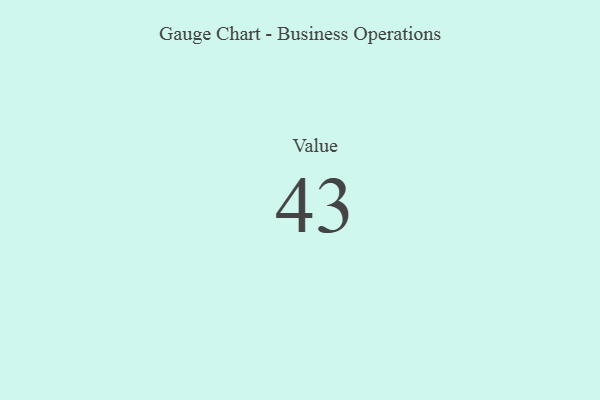
{"axis": {"x": "Metric", "y": "Value"}, "legend": [""], "data": [{"x": "Value", "y": 43, "type": ""}]}